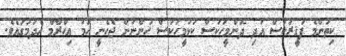
ކިތަންމެ ފަޤީރަކަސް އަދި ދޮންމީހަކަސް ކަޅުމީހަކަސް ހުންނަން ޖެހެނީ ހަމަ އިޙްރާމް ހެދުމުގައެވެ.